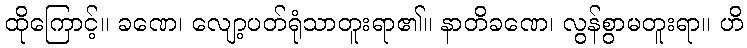
ထိုကြောင့်။ ခဏေ၊ လျော့ပတ်ရုံသာတူးရာ၏။ နာတိခဏေ၊ လွန်စွာမတူးရာ။ ဟိ